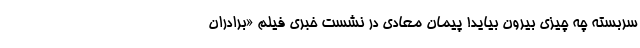
سربسته چه چیزی بیرون بیاید! پیمان معادی در نشست خبری فیلم «برادران